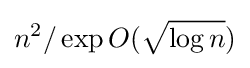
n^{2}/\exp O({\sqrt {\log n}})